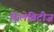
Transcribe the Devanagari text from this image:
सिलेब्रिटीज़